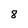
Character: 8